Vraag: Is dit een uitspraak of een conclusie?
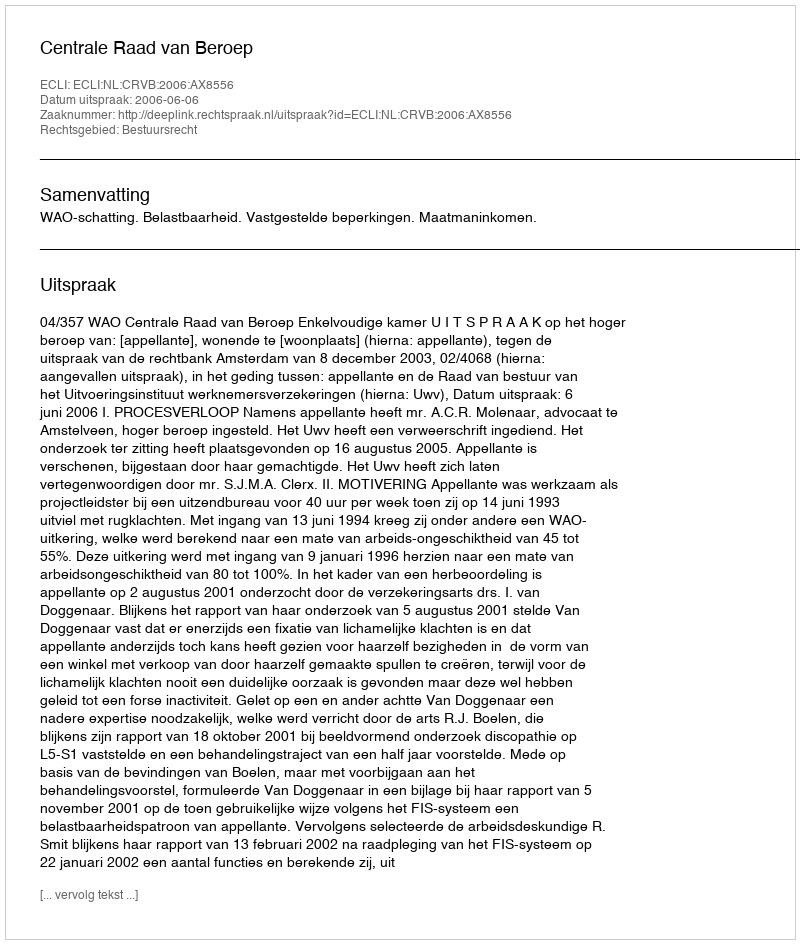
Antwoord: Uitspraak